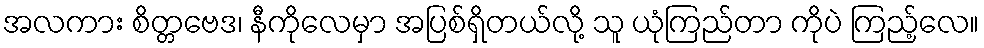
အလကား စိတ္တဗေဒ၊ နီကိုလေမှာ အပြစ်ရှိတယ်လို့ သူ ယုံကြည်တာ ကိုပဲ ကြည့်လေ။